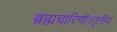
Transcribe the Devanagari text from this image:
ब्रह्मचारिणी।तृतीयं